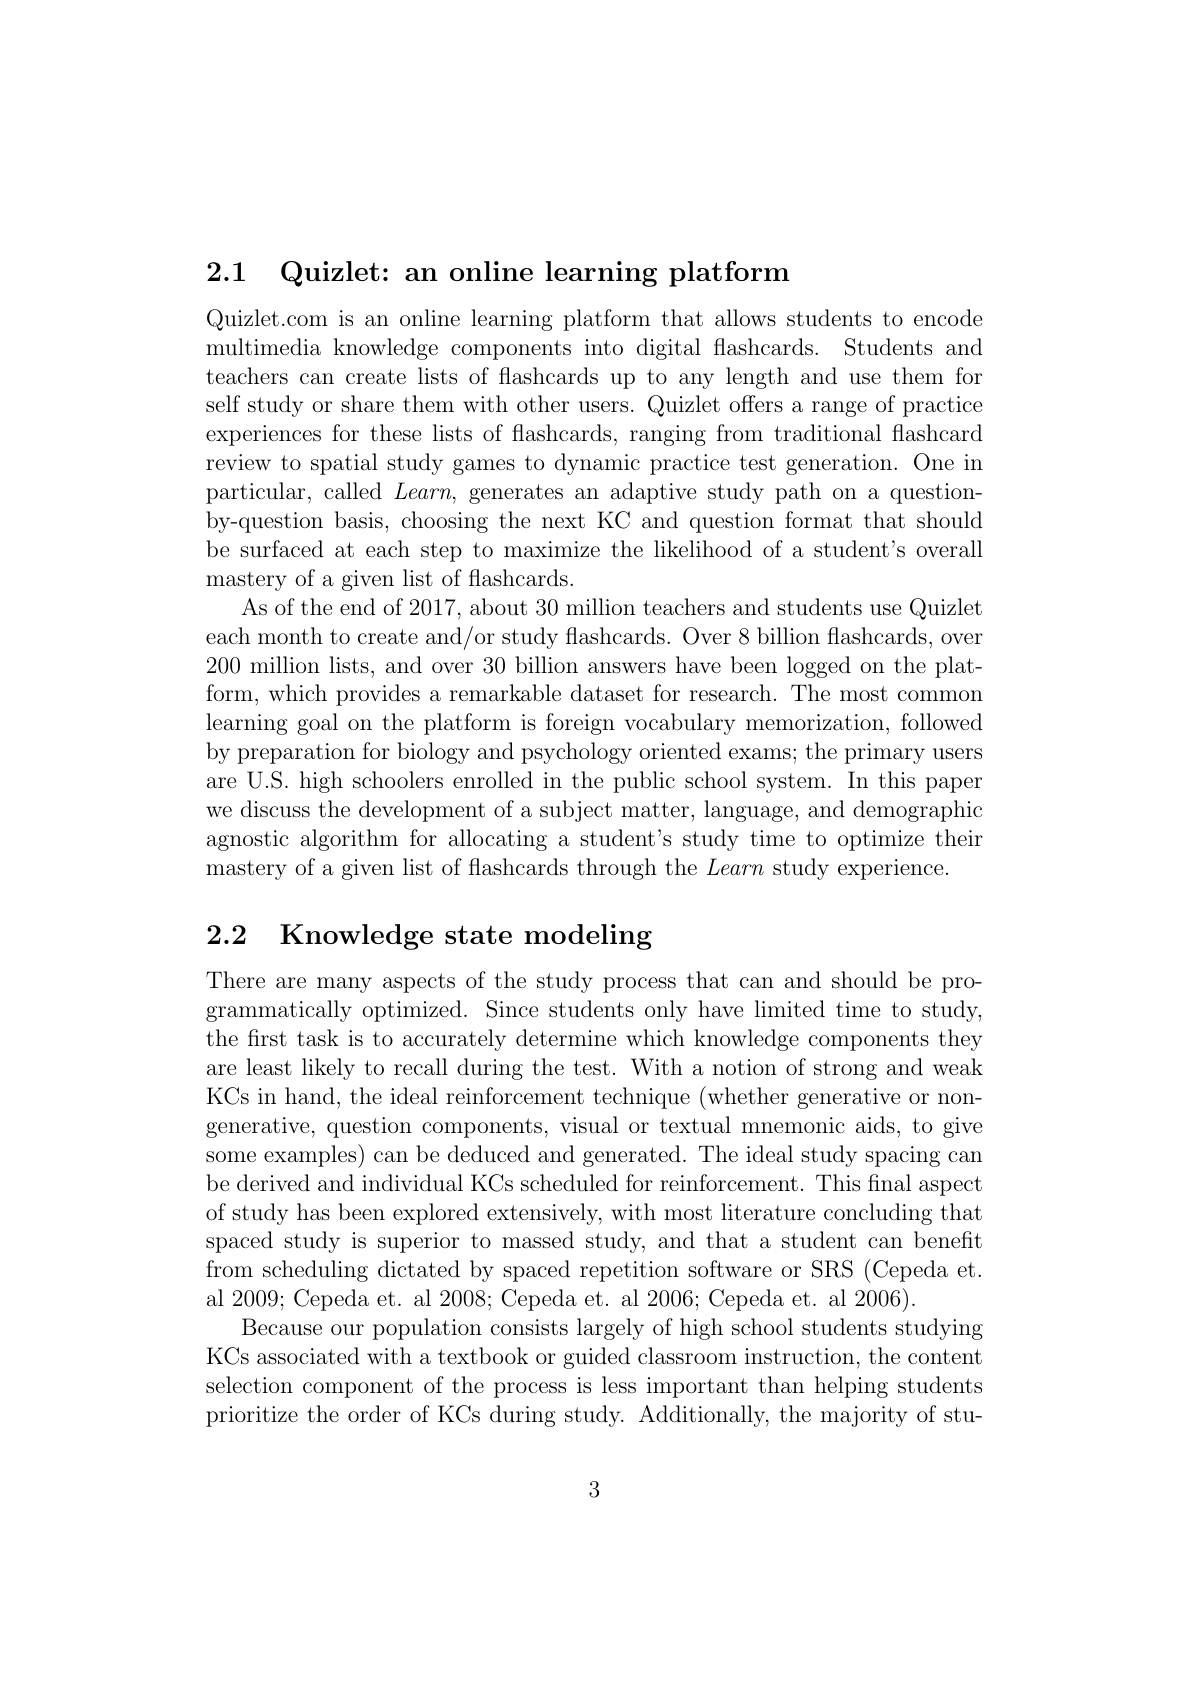
2.1 Quizlet: an online learning platform

Quizlet.com is an online learning platform that allows students to encode multimedia knowledge components into digital flashcards. Students and teachers can create lists of flashcards up to any length and use them for self study or share them with other users. Quizlet offers a range of practice experiences for these lists of flashcards, ranging from traditional flashcard review to spatial study games to dynamic practice test generation. One in particular, called $Learn$, generates an adaptive study path on a questionby-question basis, choosing the next KC and question format that should be surfaced at each step to maximize the likelihood of a student's overall mastery of a given list of flashcards.
As of the end of 2017, about 30 million teachers and students use Quizlet each month to create and/or study flashcards. Over 8 billion flashcards, over 200 million lists, and over 30 billion answers have been logged on the plat- form, which provides a remarkable dataset for research. The most common learning goal on the platform is foreign vocabulary memorization, followed by preparation for biology and psychology oriented exams; the primary users are U.S. high schoolers enrolled in the public school system. In this paper we discuss the development of a subject matter, language, and demographic agnostic algorithm for allocating a student's study time to optimize their mastery of a given list of flashcards through the Learn study experience.

# 2.2 Knowledge state modeling

There are many aspects of the study process that can and should be programmatically optimized. Since students only have limited time to study, the first task is to accurately determine which knowledge components they are least likely to recall during the test. With a notion of strong and weak KCs in hand, the ideal reinforcement technique (whether generative or nongenerative, question components, visual or textual mnemonic aids, to give some examples) can be deduced and generated. The ideal study spacing can be derived and individual KCs scheduled for reinforcement. This final aspect of study has been explored extensively, with most literature concluding that spaced study is superior to massed study, and that a student can benefit from scheduling dictated by spaced repetition software or SRS (Cepeda et. al 2009; Cepeda et. al 2008; Cepeda et. al 2006; Cepeda et. al 2006).
Because our population consists largely of high school students studying KCs associated with a textbook or guided classroom instruction, the content selection component of the process is less important than helping students prioritize the order of KCs during study. Additionally, the majority of stu-

3